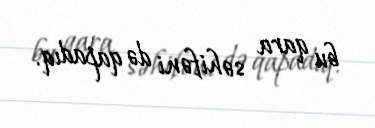
bu qara səhifəni də qapadıq.